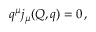
q ^ { \mu } j _ { \mu } ( Q , q ) = 0 \, ,